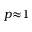
p { \approx } 1